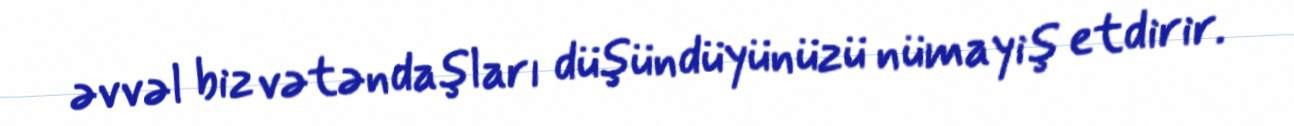
əvvəl biz vətəndaşları düşündüyünüzü nümayiş etdirir.